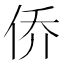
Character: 侨